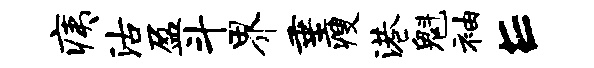
痍沽盈斗界垂瘦港魁袖E